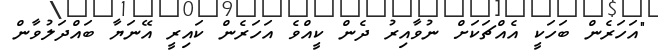
"އަހަރެން ބަހަކީ އެއްޗަކަށް ނުވާއިރު ދެން ކީއްވެ އަހަރެން ކައިރީ އޭނަޔާ ބައްދަލުވާން